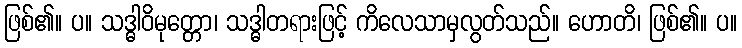
ဖြစ်၏။ ပ။ သဒ္ဓါဝိမုတ္တော၊ သဒ္ဓါတရားဖြင့် ကိလေသာမှလွတ်သည်။ ဟောတိ၊ ဖြစ်၏။ ပ။